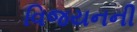
વિજયનની